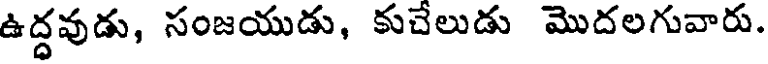
ఉద్దవుడు, సంజయుడు, కుచేలుడు మొదలగువారు.